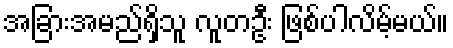
အခြားအမည်ရှိသူ လူတဦး ဖြစ်ပါလိမ့်မယ်။